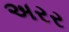
અરર